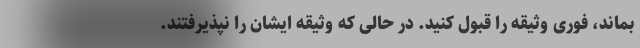
بماند، فوری وثیقه را قبول کنید. در حالی که وثیقه ایشان را نپذیرفتند.